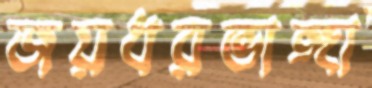
জয়ধরভাঙ্গা